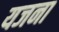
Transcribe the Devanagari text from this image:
यजना